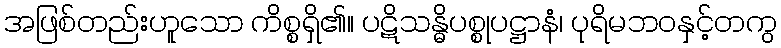
အဖြစ်တည်းဟူသော ကိစ္စရှိ၏။ ပဋိသန္ဓိပစ္စုပဋ္ဌာနံ၊ ပုရိမဘဝနှင့်တကွ